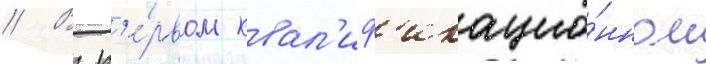
// В п'е́рвом квал'иф'икацио́нном